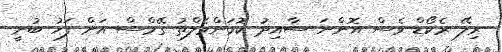
ރިލޭ ރެކޯޑް ވެސް އޮންނަ ސާއިދު ކޮމަންވެލްތު ގޭމްސް އަށް ފަހު ބުނީ